65_HS1-834228961_62-HQ-83894_Section_3
Agency: FBI
Page 167
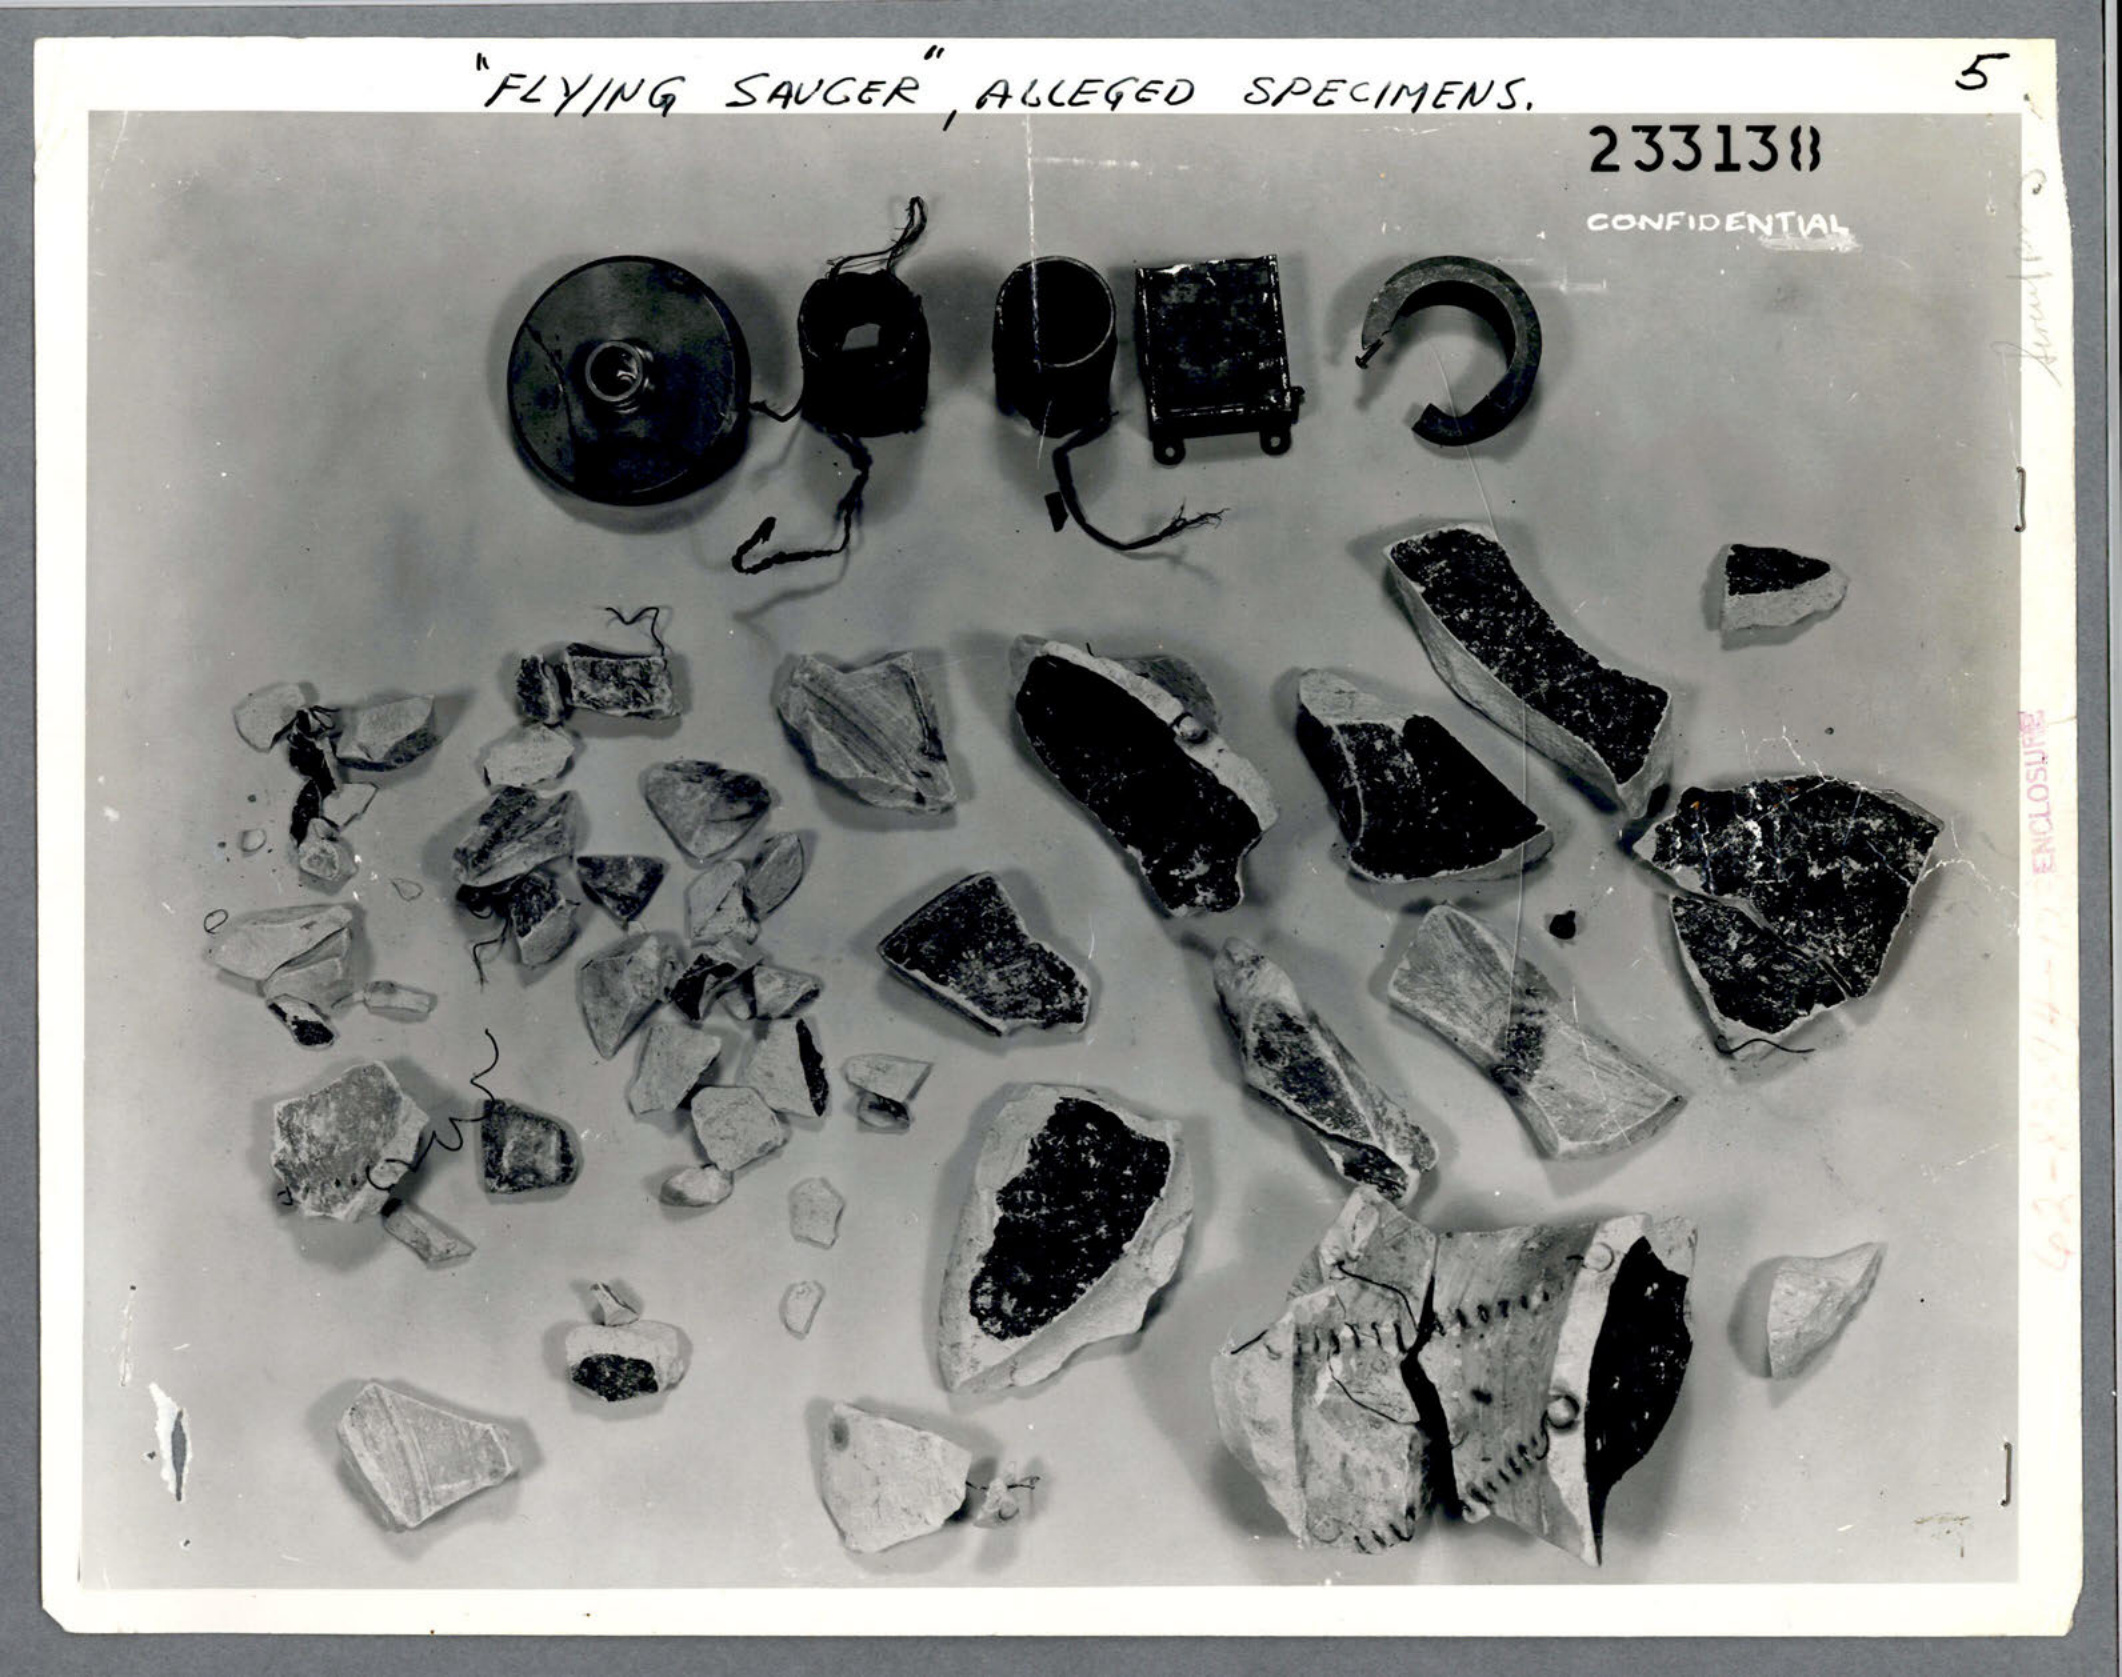